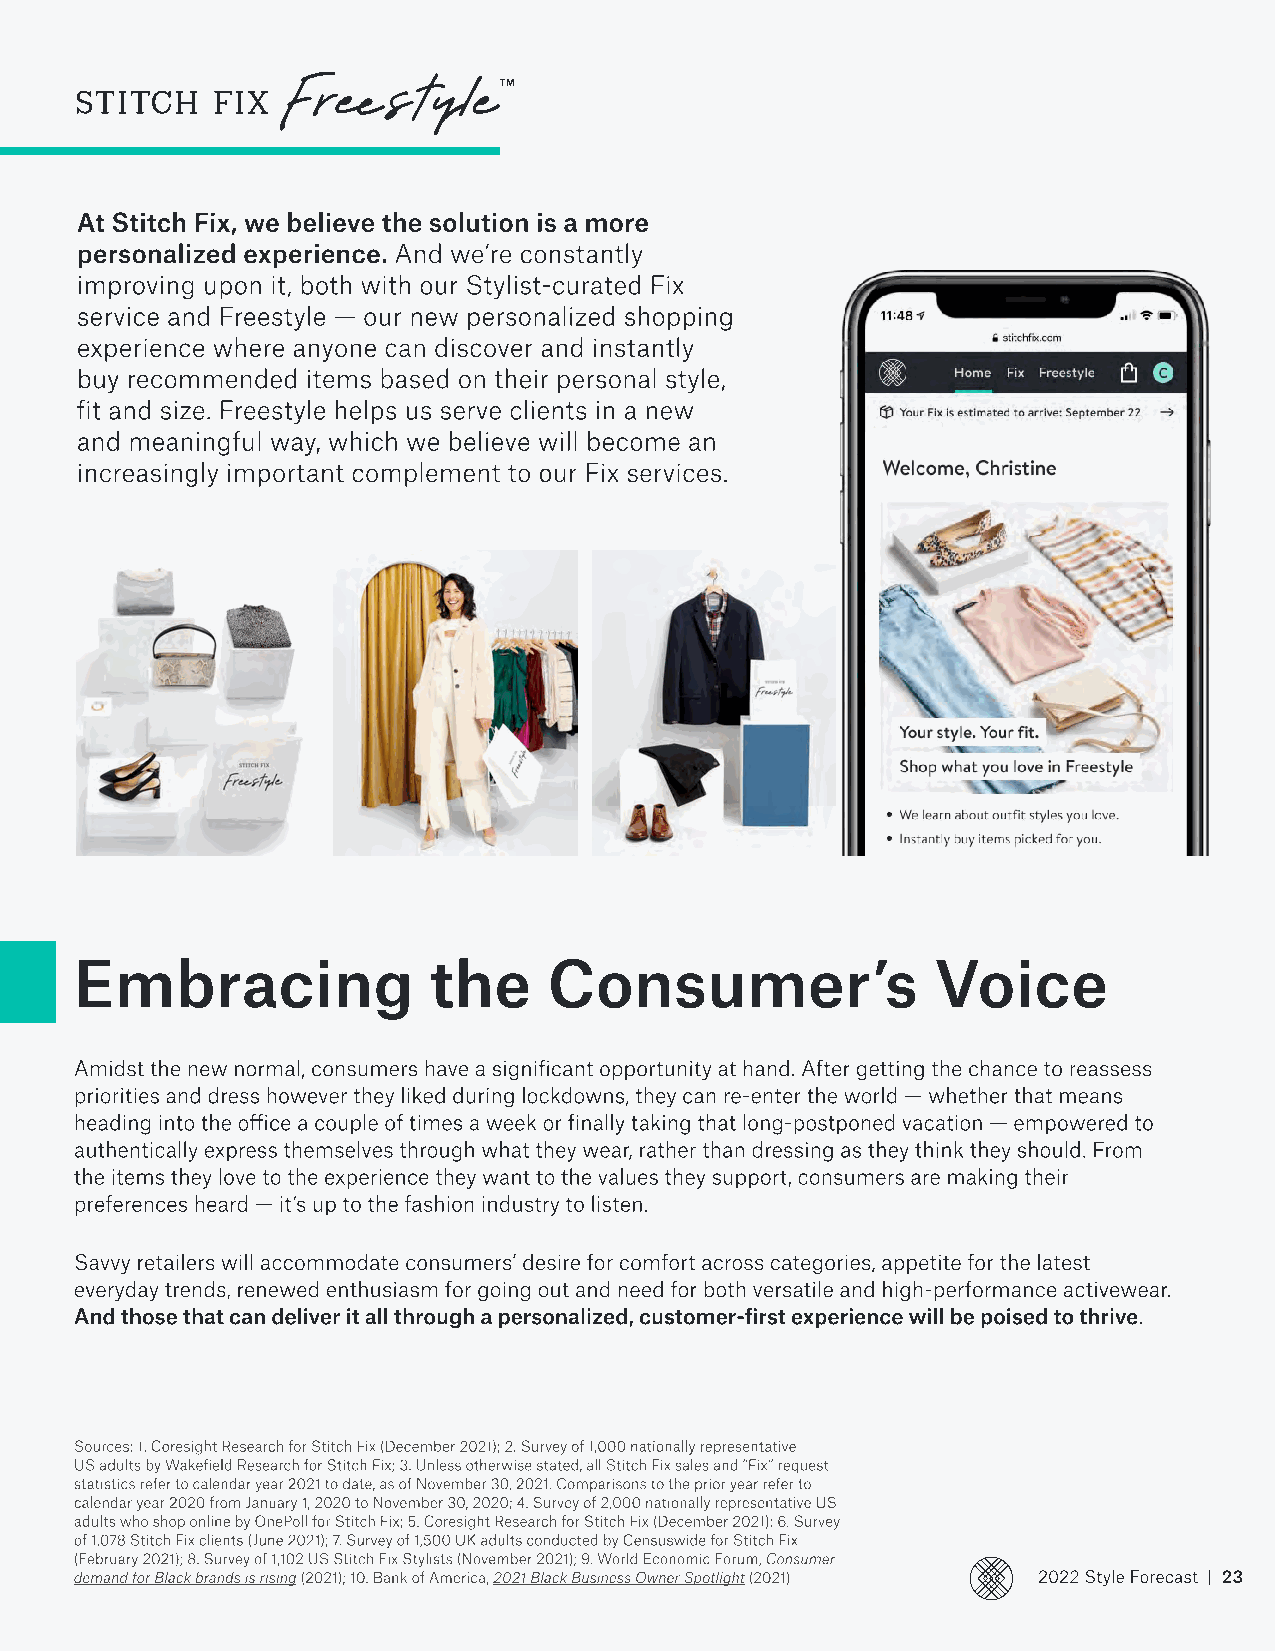
At Stitch Fix, we believe the solution is a more
 personalized experience. And we’re constantly
 improving upon it, both with our Stylist-curated Fix
 service and Freestyle — our new personalized shopping
 experience where anyone can discover and instantly
 buy recommended items based on their personal style,
 fit and size. Freestyle helps us serve clients in a new
 and meaningful way, which we believe will become an
 increasingly important complement to our Fix services.
 Embracing              the     Consumer’s                Voice
 Amidst the new normal, consumers have a significant opportunity at hand. After getting the chance to reassess
 priorities and dress however they liked during lockdowns, they can re-enter the world — whether that means
 heading into the office a couple of times a week or finally taking that long-postponed vacation — empowered to
 authentically express themselves through what they wear, rather than dressing as they think they should. From
 the items they love to the experience they want to the values they support, consumers are making their
 preferences heard — it’s up to the fashion industry to listen.
 Savvy retailers will accommodate consumers’ desire for comfort across categories, appetite for the latest
 everyday trends, renewed enthusiasm for going out and need for both versatile and high-performance activewear.
 And those that can deliver it all through a personalized, customer-first experience will be poised to thrive.
 Sources: 1. Coresight Research for Stitch Fix(December 2021); 2. Survey of 1,000 nationally representative
 US adults by Wakefield Research for Stitch Fix; 3. Unless otherwise stated, all Stitch Fix sales and “Fix” request
 statistics refer tocalendar year 2021 to date,as of November 30, 2021. Comparisons to the prior year refer to
 calendar year 2020 from January 1, 2020 to November 30, 2020; 4. Survey of 2,000 nationally representative US
 adults who shop online by OnePoll for StitchFix; 5. Coresight Research for Stitch Fix (December 2021); 6. Survey
 of 1,078 Stitch Fix clients (June 2021); 7. Survey of 1,500 UK adults conducted by Censuswide for Stitch Fix
 (February 2021); 8. Survey of 1,102 US Stitch Fix Stylists (November 2021); 9. World Economic Forum, Consumer
 demand for Black brands is rising (2021); 10. Bank of America, 2021 Black Business Owner Spotlight (2021) 2022 Style Forecast | 23